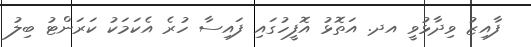
ފާއިޒު ވިދާޅުވީ އދ. އަތޮޅު އޮފީހުގައި ފައިސާ ހުރެ އެކަމަކު ކަރަންޓު ބިލު